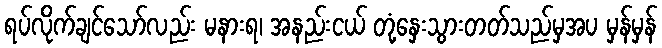
ရပ်လိုက်ချင်သော်လည်း မနားရ၊ အနည်းငယ် တုံ့နှေးသွားတတ်သည်မှအပ မှန်မှန်